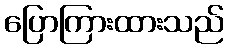
ပြောကြားထားသည်